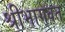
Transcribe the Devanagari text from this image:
श्रीभागवत